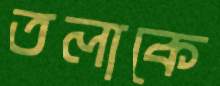
তলাকে